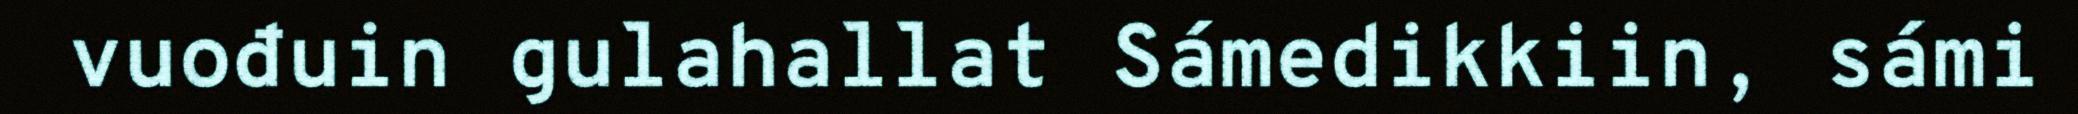
vuođuin gulahallat Sámedikkiin, sámi